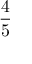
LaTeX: \frac { 4 } { 5 }